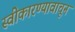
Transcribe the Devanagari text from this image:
स्वीकारण्यावाचून